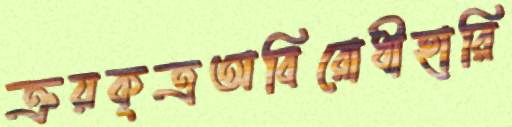
ক্রয়কৃত্রঅবিরোধীহারি